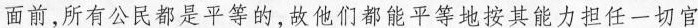
面前，所有公民都是平等的，故他们都能平等地按其能力担任一切官